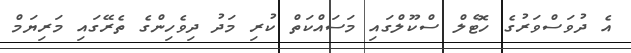
އެ ދުވަސްވަރުގެ ހޮޓެލް ސްކޫލްގައި މަސައްކަތް ކުރި މަދު ދިވެހިންގެ ތެރޭގައި މަރިޔަމް